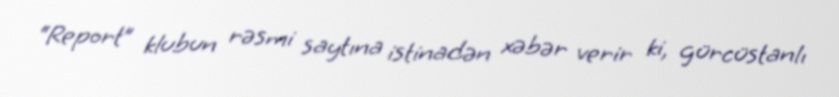
“Report” klubun rəsmi saytına istinadən xəbər verir ki, gürcüstanlı